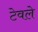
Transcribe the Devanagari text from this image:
टेवले